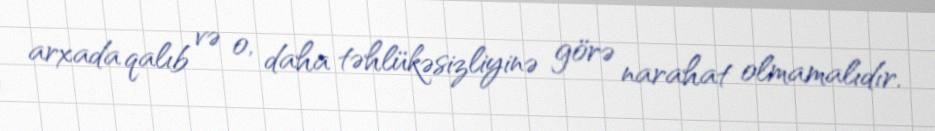
arxada qalıb və o, daha təhlükəsizliyinə görə narahat olmamalıdır.